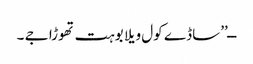
ــ’’ساڈے کول ویلا بوہت تھوڑا جے ۔